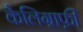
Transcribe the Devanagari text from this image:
कैलिग्राफ़ी